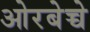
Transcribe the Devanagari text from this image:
ओरबेच्चे